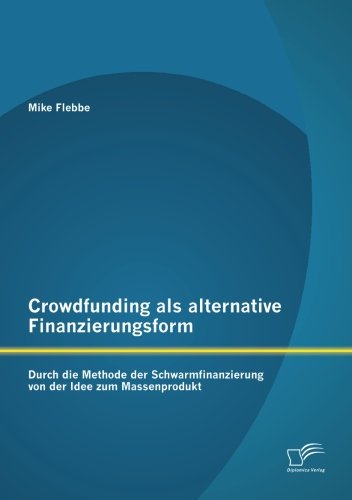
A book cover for Crowdfunding als alternative Finanzierungsform: Durch die Methode der Schwarmfinanzierung von der Idee zum Massenprodukt (German Edition); Mike Flebbe; Business & Money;